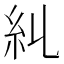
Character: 𥾆